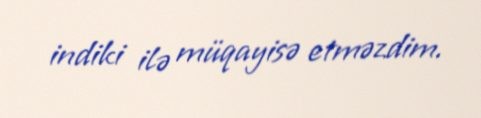
indiki ilə müqayisə etməzdim.